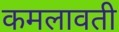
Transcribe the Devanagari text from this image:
कमलावती